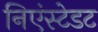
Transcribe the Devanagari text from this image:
निएंस्टेडट